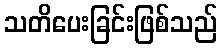
သတိပေးခြင်းဖြစ်သည်